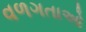
વળગતાઓ